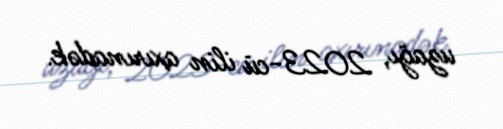
uzağı, 2023-cü ilin axırınadək.